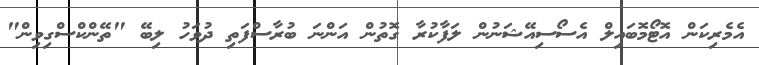
އެމެރިކަން އޮޓޯމޮބައިލް އެސޯސިއޭޝަނުން ލަފާކުރާ ގޮތުން އަންނަ ބުރާސްފަތި ދުވަހު ލިބޭ "ތޭންކްސްގިވިން"